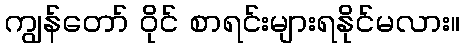
ကျွန်တော် ဝိုင် စာရင်းများရနိုင်မလား။